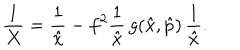
\frac { 1 } { X } = \frac { 1 } { \hat { x } } - f ^ { 2 } \frac { 1 } { \hat { x } } \, g ( \hat { x } , \hat { p } ) \, \frac { 1 } { \hat { x } } .